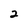
Character: 2